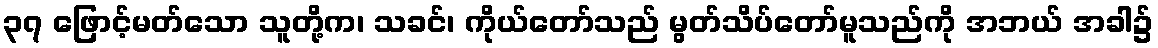
၃၇ ဖြောင့်မတ်သော သူတို့က၊ သခင်၊ ကိုယ်တော်သည် မွတ်သိပ်တော်မူသည်ကို အဘယ် အခါ၌